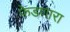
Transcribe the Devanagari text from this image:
फेडणारा